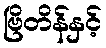
ဗြိတိန်နှင့်